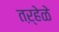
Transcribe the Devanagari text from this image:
तऱ्हेळे